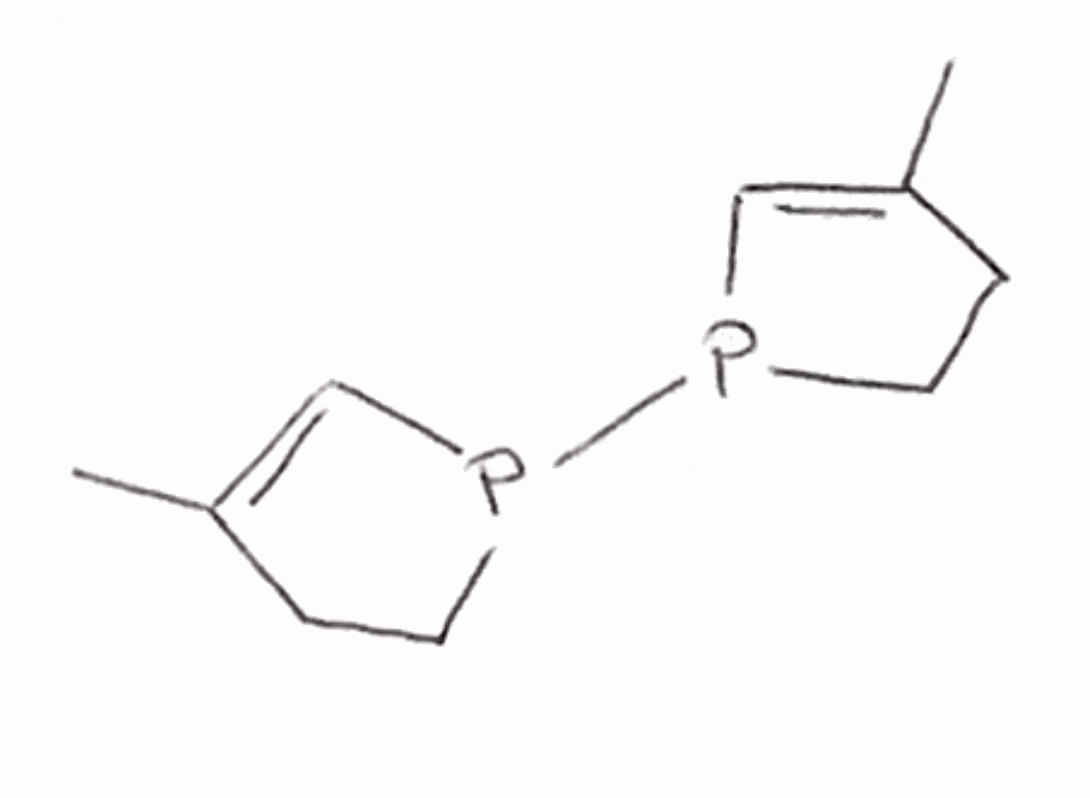
Simplified molecular-input line-entry system (SMILES) notation of the given molecule:
CC1=CP(CC1)P2CCC(=C2)C